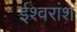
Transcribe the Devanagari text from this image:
ईश्वरांश